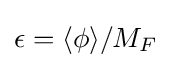
\epsilon =\langle \phi \rangle /M_{F}